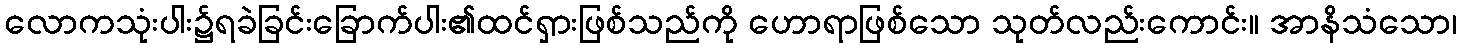
လောကသုံးပါး၌ရခဲခြင်းခြောက်ပါး၏ထင်ရှားဖြစ်သည်ကို ဟောရာဖြစ်သော သုတ်လည်းကောင်း။ အာနိသံသော၊